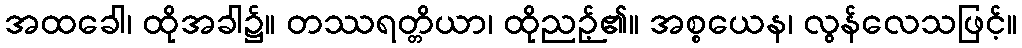
အထခေါ၊ ထိုအခါ၌။ တဿရတ္တိယာ၊ ထိုညဉ့်၏။ အစ္စယေန၊ လွန်လေသဖြင့်။